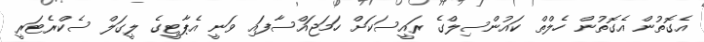
އެގޮތުން އެގޮތުން ހެލްތް ކައުންސިލްގެ ރައީސަކަށް ހަމަޖައްސާފައި ވަނީ އެޕާޓީގެ ލީގަލް ސެކްރެޓަރީ